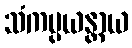
သံကပ္ပယန္တာယ